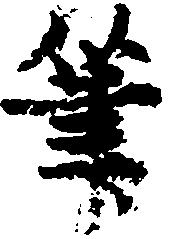
筆